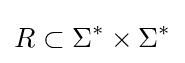
R\subset \Sigma ^{*}\times \Sigma ^{*}